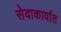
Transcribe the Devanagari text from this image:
सेवाकार्यात